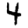
Digit: 4